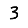
Digit: 3